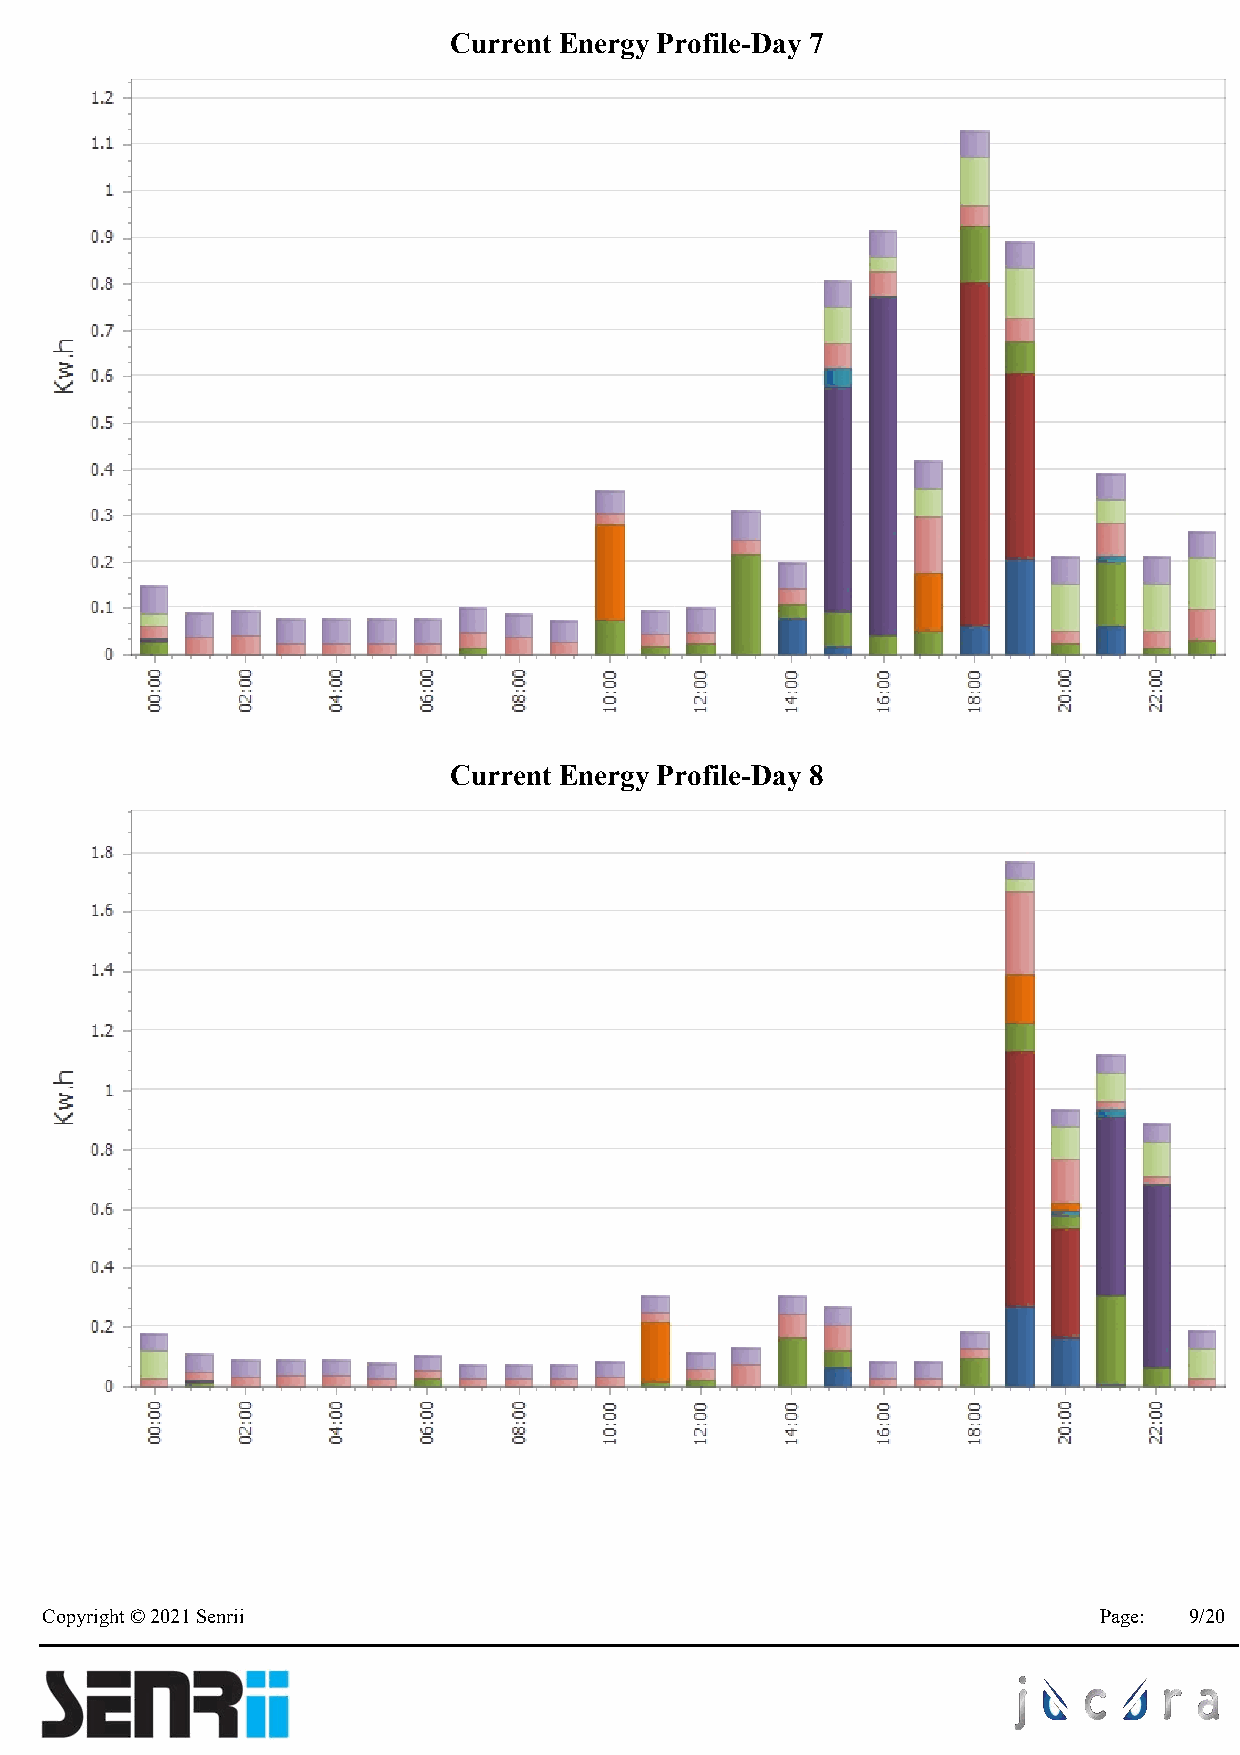
Current Energy Profile-Day 7
 Current Energy Profile-Day 8
 Copyright © 2021 Senrii                                               Page: 9/20